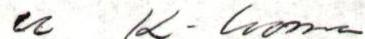
u K-luoma